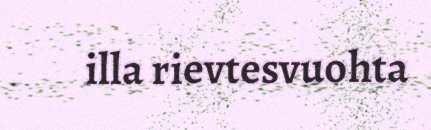
illa rievtesvuohta